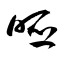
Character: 唖